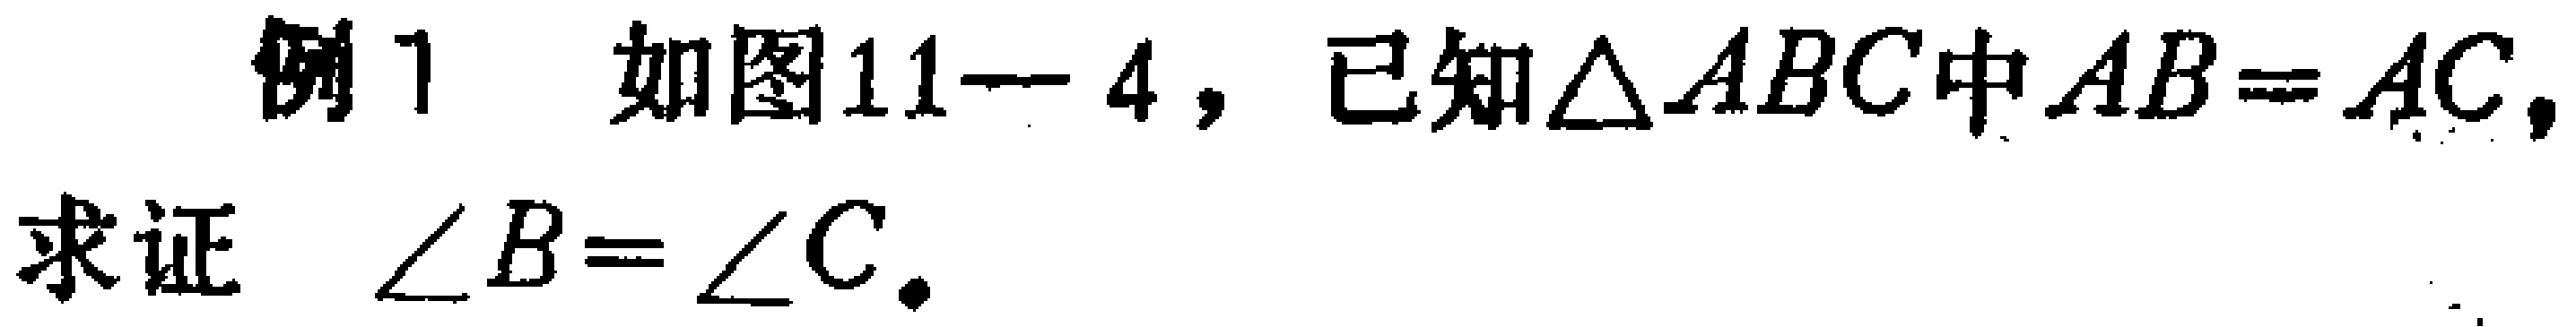
例1 如图11--4，已知$\triangle ABC$中$AB = AC$，
求证 $\angle B=\angle C$.